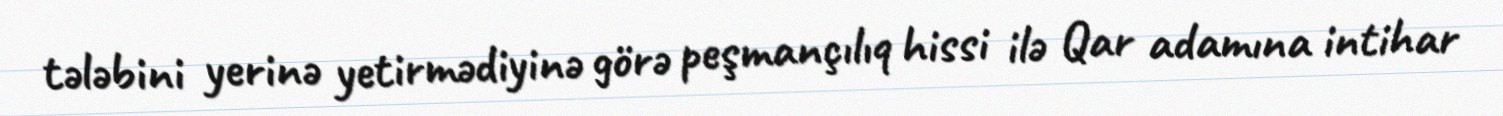
tələbini yerinə yetirmədiyinə görə peşmançılıq hissi ilə Qar adamına intihar